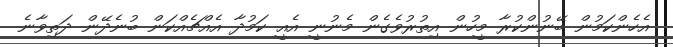
އެހެންކަމުން ބޭނުންކުރާ މީހުން އިތުރުވެގެން މެނުނީ އެއީ ކަމުދާ އެއްޗެއްކަން ބުނެދޭން ދަތިވާނެ